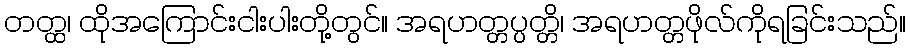
တတ္ထ၊ ထိုအကြောင်းငါးပါးတို့တွင်။ အရဟတ္တပ္ပတ္တိ၊ အရဟတ္တဖိုလ်ကိုရခြင်းသည်။